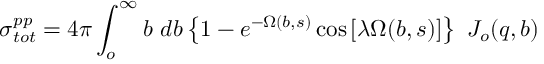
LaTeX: \sigma _ { t o t } ^ { p p } = 4 \pi \int _ { o } ^ { \infty } b \ d b \left\{ 1 - e ^ { - \Omega ( b , s ) } \cos \left[ \lambda \Omega ( b , s ) \right] \right\} \ J _ { o } ( q , b )